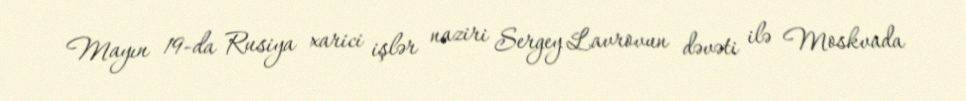
Mayın 19-da Rusiya xarici işlər naziri Sergey Lavrovun dəvəti ilə Moskvada